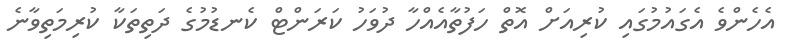
އެހެންވެ އެގައުމުގައި ކުރިއަށް އޮތް ހަފުތާއެއްހާ ދުވަހު ކަރަންޓް ކެނޑުމުގެ ދަތިތަކާ ކުރިމަތިވާނެ